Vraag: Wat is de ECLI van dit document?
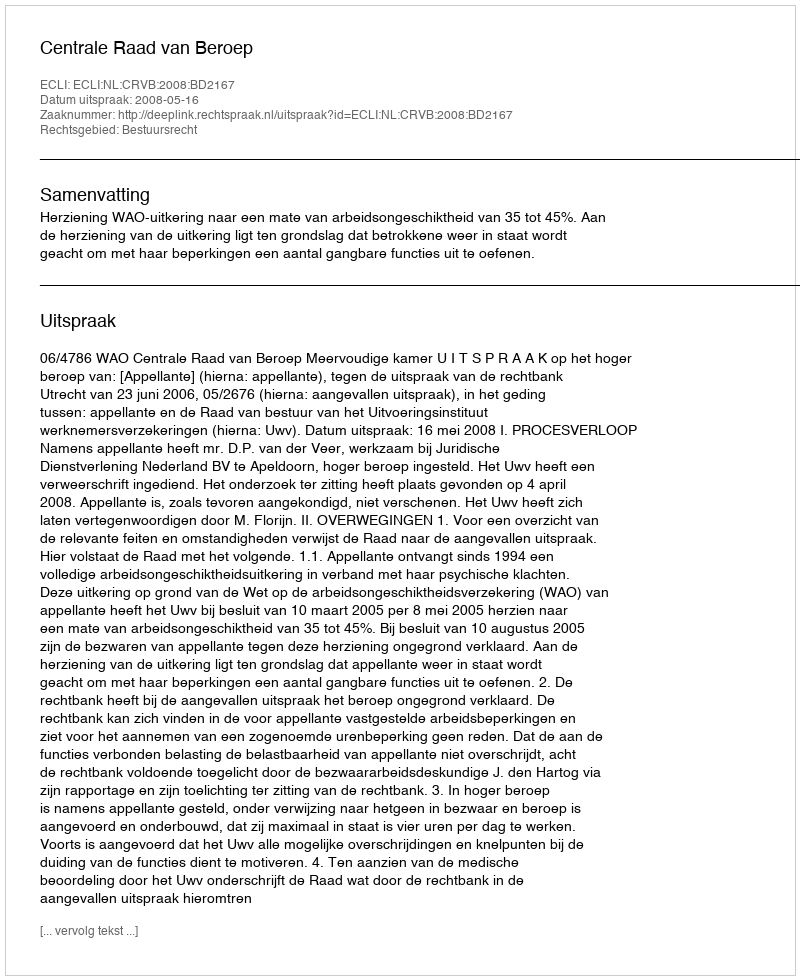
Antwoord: ECLI:NL:CRVB:2008:BD2167